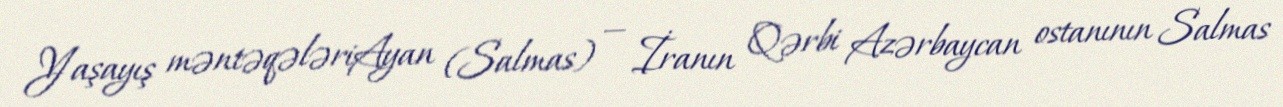
Yaşayış məntəqələriAyan (Salmas) — İranın Qərbi Azərbaycan ostanının Salmas